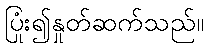
ပြုံး၍နှုတ်ဆက်သည်။